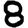
Digit: 8